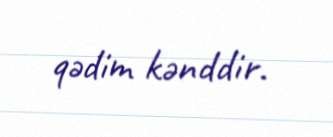
qədim kənddir.